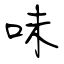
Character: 味